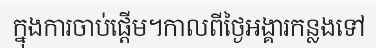
ក្នុងការចាប់ផ្តើម។កាលពីថ្ងៃអង្គារកន្លងទៅ